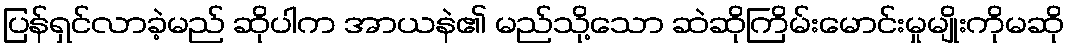
ပြန်ရှင်လာခဲ့မည် ဆိုပါက အာယနဲ၏ မည်သို့သော ဆဲဆိုကြိမ်းမောင်းမှုမျိုးကိုမဆို